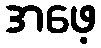
အဖေ့